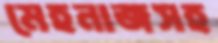
মেহনাজসহ